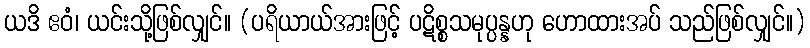
ယဒိ ဧဝံ၊ ယင်းသို့ဖြစ်လျှင်။ (ပရိယာယ်အားဖြင့် ပဋိစ္စသမုပ္ပန္နဟု ဟောထားအပ် သည်ဖြစ်လျှင်။)